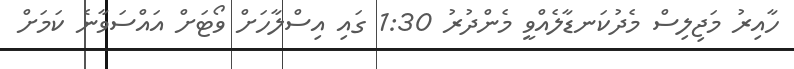
ހާއިރު މަޖިލިސް މެދުކަނޑާލެއްވީ މެންދުރު 1:30 ގައި އިސްލާހަށް ވޯޓަށް އައްސަވާނެ ކަމަށް